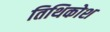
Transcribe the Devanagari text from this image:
तिथिकोश